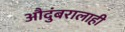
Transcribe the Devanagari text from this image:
औदुंबरालाही